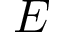
E